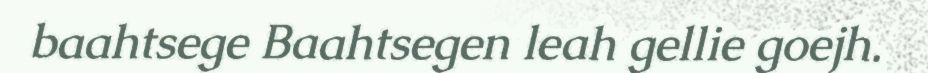
baahtsege Baahtsegen leah gellie goejh.